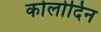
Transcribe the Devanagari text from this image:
कोलोदिन